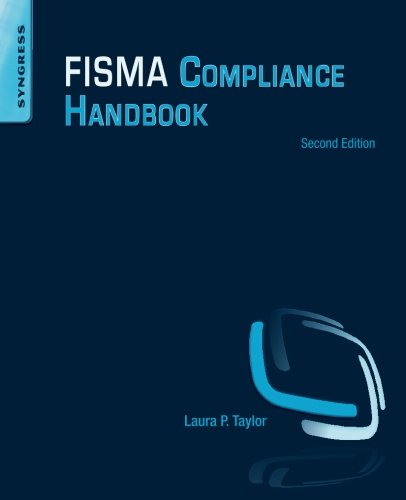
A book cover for FISMA Compliance Handbook: Second Edition; Laura P. Taylor; Computers & Technology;